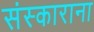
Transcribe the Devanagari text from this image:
संस्काराना